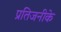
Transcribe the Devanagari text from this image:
प्रतिजनीके